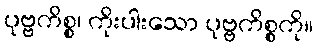
ပုဗ္ဗကိစ္စ၊ ကိုးပါးသော ပုဗ္ဗကိစ္စကို။